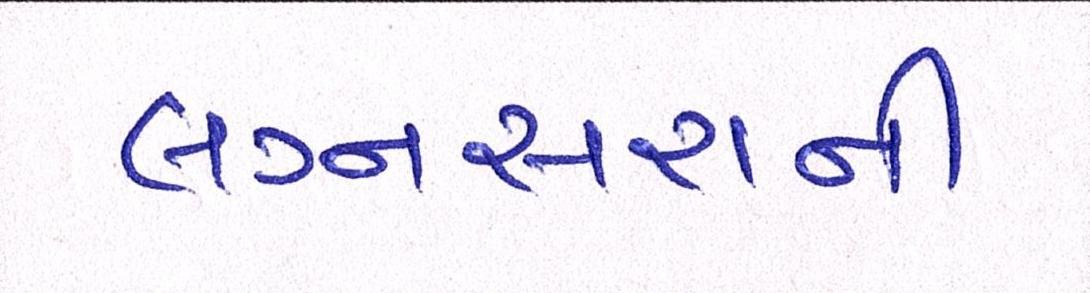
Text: લગ્નસરાની